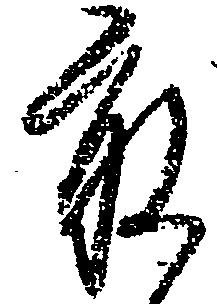
最